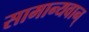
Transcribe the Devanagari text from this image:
सामान्यवान्